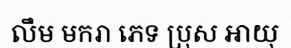
លឹម មករា ភេទ ប្រុស អាយុ